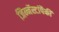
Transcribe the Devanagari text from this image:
जिम्नॅस्टांपैकी